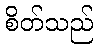
စိတ်သည်